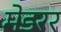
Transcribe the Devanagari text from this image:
मेडरर